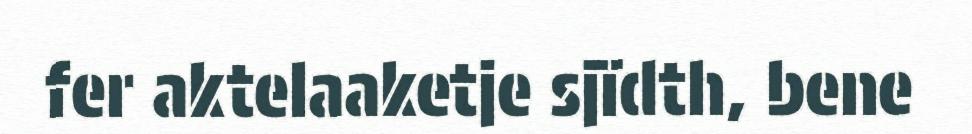
fer aktelaaketje sjïdth, bene